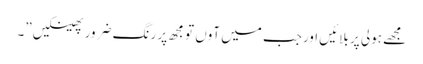
مجھے ہولی پر بلائیں اورجب میں آوں تو مجھ پر رنگ ضرور پھینکیں”۔